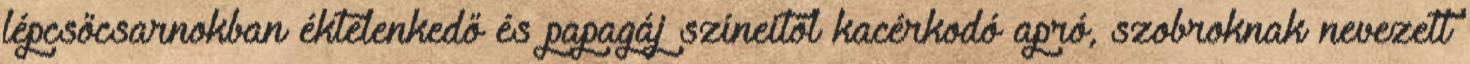
lépcsőcsarnokban éktelenkedő és papagáj színeitől kacérkodó apró, szobroknak nevezett